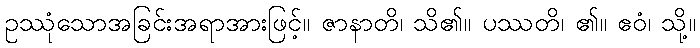
ဥဿုံသောအခြင်းအရာအားဖြင့်။ ဇာနာတိ၊ သိ၏။ ပဿတိ၊ ၏။ ဧဝံ၊ သို့။